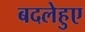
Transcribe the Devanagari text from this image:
बदलेहुए